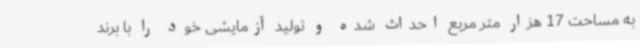
به مساحت 17 هزار متر مربع احداث شده و تولید آزمایشی خود را با برند